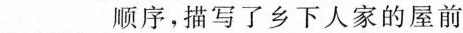
___顺序，描写了乡下人家的屋前